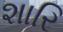
શારિ